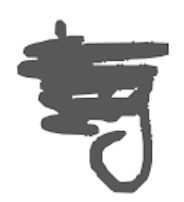
Text: by
Cross-out: scratch
Writing tool: digital_gray